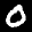
Label: 0